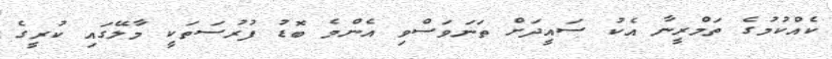
ކެއްކުމުގެ ތަމްރީނާ އެކު ސައީދަށް ތަނަވަސްވި އެންމެ ބޮޑު ފުރުސަތަކީ މާލޭގައި ކުރީގެ